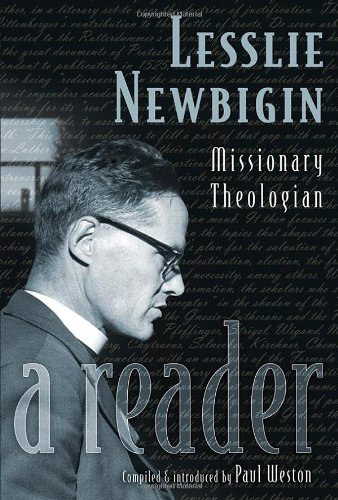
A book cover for Lesslie Newbigin: Missionary Theologian: A Reader; Lesslie Newbigin; Christian Books & Bibles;